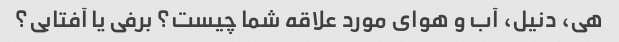
هی، دنیل، آب و هوای مورد علاقه شما چیست؟ برفی یا آفتابی؟